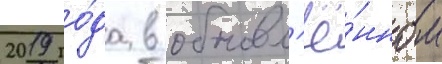
2019 го́да в обновл'ё́нном